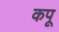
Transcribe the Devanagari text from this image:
कपू